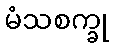
မံသစက္ခု